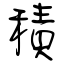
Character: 積